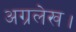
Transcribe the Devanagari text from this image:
अग्रलेख।